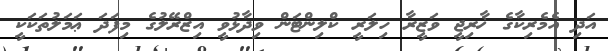
އަދި އެމެރިކާގެ ޚާރިޖީ ވަޒީރާ ހިލަރީ ކްލިންޓަން ވިދާޅުވީ އިޒްރޭލުގެ މިފަދަ ޢަމަލުތަކަކީ